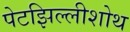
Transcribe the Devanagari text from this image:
पेटझिल्लीशोथ